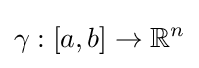
\gamma :[a,b]\rightarrow \mathbb {R} ^{n}